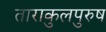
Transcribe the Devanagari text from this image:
ताराकुलपुरुष